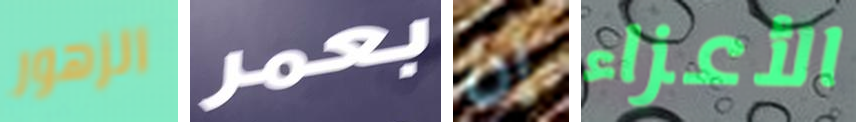
الزهور بعمر إن الأعزاء